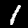
Digit: 1